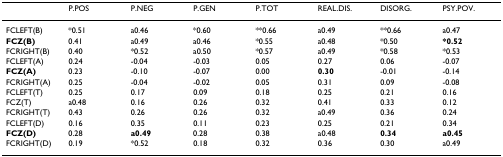
<table><thead><tr><td></td><td><b>P.POS</b></td><td><b>P.NEG</b></td><td><b>P.GEN</b></td><td><b>P.TOT</b></td><td><b>REAL.DIS.</b></td><td><b>DISORG.</b></td><td><b>PSY.POV.</b></td></tr></thead><tbody><tr><td>FCLEFT(B)</td><td>*0.51</td><td>a0.46</td><td>*0.60</td><td>**0.66</td><td>a0.49</td><td>**0.66</td><td>a0.47</td></tr><tr><td><b>FCZ(B)</b></td><td>0.41</td><td>a0.49</td><td>a0.46</td><td>*0.55</td><td>a0.48</td><td>*0.50</td><td><b>*0.52</b></td></tr><tr><td>FCRIGHT(B)</td><td>0.40</td><td>*0.52</td><td>a0.50</td><td>*0.57</td><td>a0.49</td><td>*0.58</td><td>*0.53</td></tr><tr><td>FCLEFT(A)</td><td>0.24</td><td>-0.04</td><td>-0.03</td><td>0.05</td><td>0.27</td><td>0.06</td><td>-0.07</td></tr><tr><td><b>FCZ(A)</b></td><td>0.23</td><td>-0.10</td><td>-0.07</td><td>0.00</td><td><b>0.30</b></td><td>-0.01</td><td>-0.14</td></tr><tr><td>FCRIGHT(A)</td><td>0.25</td><td>-0.04</td><td>-0.02</td><td>0.05</td><td>0.31</td><td>0.09</td><td>-0.08</td></tr><tr><td>FCLEFT(T)</td><td>0.25</td><td>0.17</td><td>0.09</td><td>0.18</td><td>0.25</td><td>0.21</td><td>0.16</td></tr><tr><td>FCZ(T)</td><td>a0.48</td><td>0.16</td><td>0.26</td><td>0.32</td><td>0.41</td><td>0.33</td><td>0.12</td></tr><tr><td>FCRIGHT(T)</td><td>0.43</td><td>0.26</td><td>0.26</td><td>0.32</td><td>a0.49</td><td>0.36</td><td>0.24</td></tr><tr><td>FCLEFT(D)</td><td>0.16</td><td>0.35</td><td>0.11</td><td>0.23</td><td>0.25</td><td>0.21</td><td>0.34</td></tr><tr><td><b>FCZ(D)</b></td><td>0.28</td><td><b>a0.49</b></td><td>0.28</td><td>0.38</td><td>a0.48</td><td><b>0.34</b></td><td><b>a0.45</b></td></tr><tr><td>FCRIGHT(D)</td><td>0.19</td><td>*0.52</td><td>0.18</td><td>0.32</td><td>0.36</td><td>0.30</td><td>a0.49</td></tr></tbody></table>